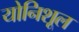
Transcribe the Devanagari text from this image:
योनिशूल